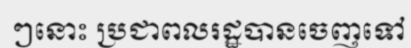
ៗនោះ ប្រជាពលរដ្ឋបានចេញទៅ